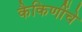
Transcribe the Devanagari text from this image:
कैकिणींचे